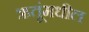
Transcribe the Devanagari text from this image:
ऋतूंमधील